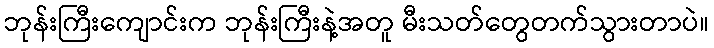
ဘုန်းကြီးကျောင်းက ဘုန်းကြီးနဲ့အတူ မီးသတ်တွေတက်သွားတာပဲ။